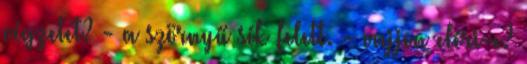
végzetet? - a szörnyű sík felett. - vajjon eléri-e?